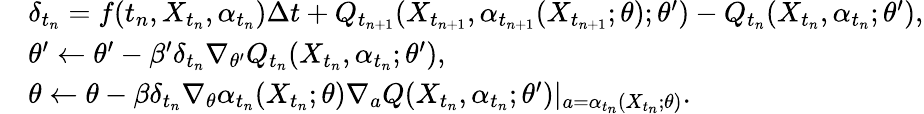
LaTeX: \begin{array}{rl}&{\delta_{t_{n}}=f(t_{n},X_{t_{n}},\alpha_{t_{n}})\Delta t+Q_{t_{n+1}}(X_{t_{n+1}},\alpha_{t_{n+1}}(X_{t_{n+1}};\theta);\theta^{\prime})-Q_{t_{n}}(X_{t_{n}},\alpha_{t_{n}};\theta^{\prime}),}\\ &{\theta^{\prime}\leftarrow\theta^{\prime}-\beta^{\prime}\delta_{t_{n}}\nabla_{\theta^{\prime}}Q_{t_{n}}(X_{t_{n}},\alpha_{t_{n}};\theta^{\prime}),}\\ &{\theta\leftarrow\theta-\beta\delta_{t_{n}}\nabla_{\theta}\alpha_{t_{n}}(X_{t_{n}};\theta)\nabla_{a}Q(X_{t_{n}},\alpha_{t_{n}};\theta^{\prime})\vert_{a=\alpha_{t_{n}}(X_{t_{n}};\theta)}.}\end{array}